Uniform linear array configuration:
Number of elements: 48
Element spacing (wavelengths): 0.75
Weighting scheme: cosine
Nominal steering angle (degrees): -45
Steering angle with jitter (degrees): -46.587
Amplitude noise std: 0.05
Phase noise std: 0.05

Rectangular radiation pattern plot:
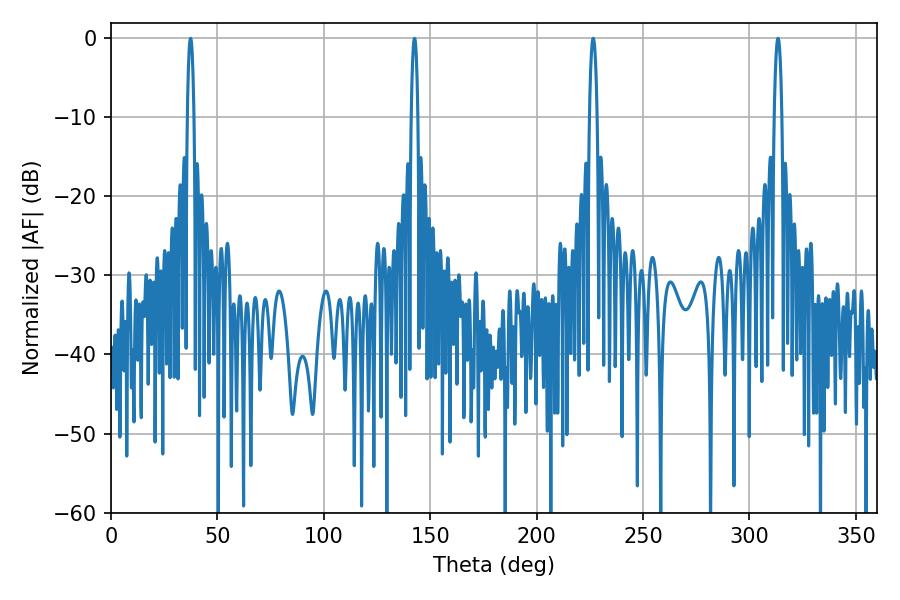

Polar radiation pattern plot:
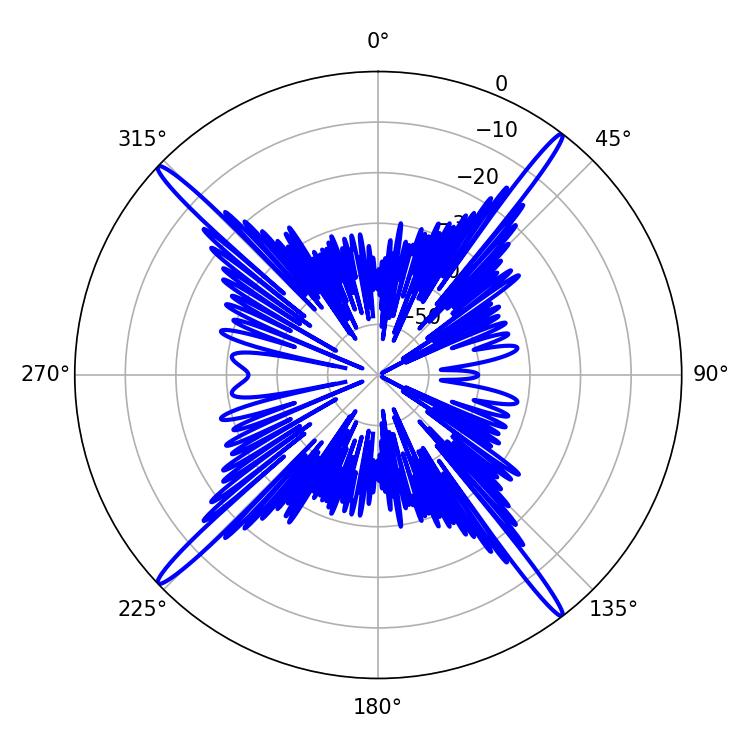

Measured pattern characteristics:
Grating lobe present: TRUE
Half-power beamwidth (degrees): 1.98
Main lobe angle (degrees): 313.38